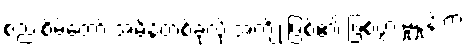
စည်းစိမ်တော် အမိန့်တစ်ခုလို အကျိုးဖြစ်၏ ဖြစ်ပွားမှုနှုန်းက